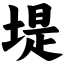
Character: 堤